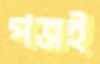
পত্রই